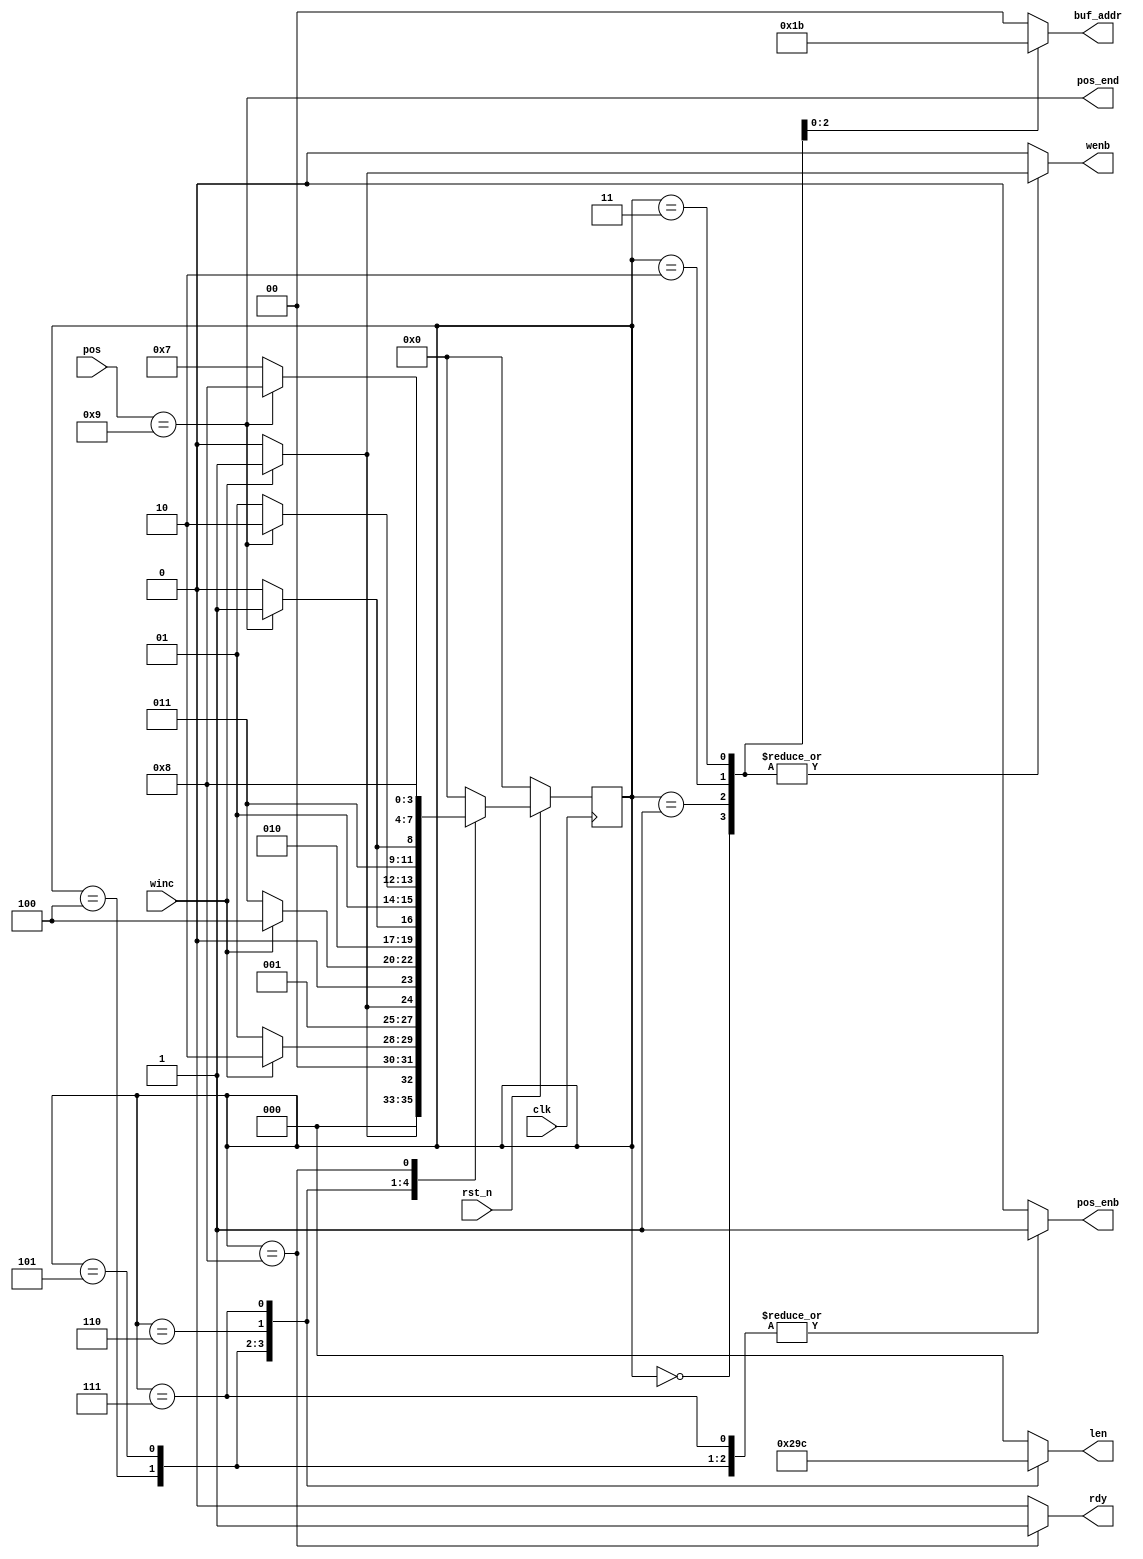
module CCL_ctr(input wire      clk,rst_n,
               input wire      winc,
               input wire[3:0] pos,
               output reg[1:0] buf_addr,
               output reg[2:0] len,
               output reg      wenb,
               output reg      pos_enb,
               output wire     pos_end,
               output reg      rdy);

    parameter Byte0 = 4'b0000;
    parameter Byte1 = 4'b0001;
    parameter Byte2 = 4'b0010;
    parameter Byte3 = 4'b0011;
    parameter Len1  = 4'b0100;
    parameter Len2  = 4'b0101;
    parameter Len3  = 4'b0110;
    parameter Len4  = 4'b0111;
    parameter Fin   = 4'b1000;
    reg[3:0] curr_state,next_state;

    always @(posedge clk) begin
        if(!rst_n)begin
            curr_state <= Byte0;
        end
        else begin
            curr_state <= next_state;
        end
    end

    always @(*) begin
        case(curr_state)
            Byte0:begin
                if(winc)begin
                    next_state = Byte1;
                    buf_addr   = 2'b00;
                    len        = 3'b000;
                    wenb       = 1'b1;
                    pos_enb    = 1'b0;
                    rdy        = 1'b0;
                end
                else begin
                    next_state = Byte0;
                    buf_addr   = 2'b00;
                    len        = 3'b000;
                    wenb       = 1'b0;
                    pos_enb    = 1'b0;
                    rdy        = 1'b0;
                end
            end
            Byte1:begin
                if(winc)begin
                    next_state = Byte2;
                    buf_addr   = 2'b01;
                    len        = 3'b000;
                    wenb       = 1'b1;
                    pos_enb    = 1'b0;
                    rdy        = 1'b0;
                end
                else begin
                    next_state = Byte1;
                    buf_addr   = 2'b01;
                    len        = 3'b000;
                    wenb       = 1'b0;
                    pos_enb    = 1'b0;
                    rdy        = 1'b0;
                end
            end
            Byte2:begin
                if(winc)begin
                    next_state = Byte3;
                    buf_addr   = 2'b10;
                    len        = 3'b000;
                    wenb       = 1'b1;
                    pos_enb    = 1'b0;
                    rdy        = 1'b0;
                end
                else begin
                    next_state = Byte2;
                    buf_addr   = 2'b10;
                    len        = 3'b000;
                    wenb       = 1'b0;
                    pos_enb    = 1'b0;
                    rdy        = 1'b0;
                end
            end
            Byte3:begin
                if(winc)begin
                    next_state = Len1;
                    buf_addr   = 2'b11;
                    len        = 3'b000;
                    wenb       = 1'b1;
                    pos_enb    = 1'b0;
                    rdy        = 1'b0;
                end
                else begin
                    next_state = Byte3;
                    buf_addr   = 2'b11;
                    len        = 3'b000;
                    wenb       = 1'b0;
                    pos_enb    = 1'b0;
                    rdy        = 1'b0;
                end
            end
            Len1:begin
                if(pos_end)begin
                    next_state = Len2;
                    buf_addr   = 2'b00;
                    len        = 3'b001;
                    wenb       = 1'b0;
                    pos_enb    = 1'b1;
                    rdy        = 1'b0;
                end
                else begin
                    next_state = Len1;
                    buf_addr   = 2'b00;
                    len        = 3'b001;
                    wenb       = 1'b0;
                    pos_enb    = 1'b1;
                    rdy        = 1'b0;
                end
            end
            Len2:begin
                if(pos_end)begin
                    next_state = Len3;
                    buf_addr   = 2'b00;
                    len        = 3'b010;
                    wenb       = 1'b0;
                    pos_enb    = 1'b1;
                    rdy        = 1'b0;
                end
                else begin
                    next_state = Len2;
                    buf_addr   = 2'b00;
                    len        = 3'b010;
                    wenb       = 1'b0;
                    pos_enb    = 1'b1;
                    rdy        = 1'b0;
                end
            end
            Len3:begin
                if(pos_end)begin
                    next_state = Len4;
                    buf_addr   = 2'b00;
                    len        = 3'b011;
                    wenb       = 1'b0;
                    pos_enb    = 1'b1;
                    rdy        = 1'b0;
                end
                else begin
                    next_state = Len3;
                    buf_addr   = 2'b00;
                    len        = 3'b011;
                    wenb       = 1'b0;
                    pos_enb    = 1'b1;
                    rdy        = 1'b0;
                end
            end
            Len4:begin
                if(pos_end)begin
                    next_state = Fin;
                    buf_addr   = 2'b00;
                    len        = 3'b100;
                    wenb       = 1'b0;
                    pos_enb    = 1'b1;
                    rdy        = 1'b0;
                end
                else begin
                    next_state = Len4;
                    buf_addr   = 2'b00;
                    len        = 3'b100;
                    wenb       = 1'b0;
                    pos_enb    = 1'b1;
                    rdy        = 1'b0;
                end
            end
            Fin:begin
                next_state = Fin;
                buf_addr   = 2'b00;
                len        = 3'b000;
                wenb       = 1'b0;
                pos_enb    = 1'b0;
                rdy        = 1'b1;
            end
            default:begin
                next_state = Byte0;
                buf_addr   = 2'b00;
                len        = 3'b000;
                wenb       = 1'b0;
                pos_enb    = 1'b0;
                rdy        = 1'b0;
            end
        endcase
    end

    assign pos_end = (pos == 4'b1001);

endmodule